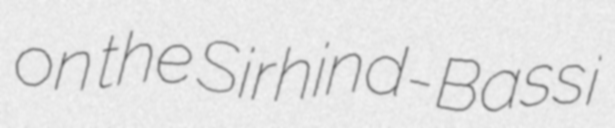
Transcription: on the Sirhind-Bassi